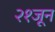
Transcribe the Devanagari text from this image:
२१जून